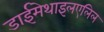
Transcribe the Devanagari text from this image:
डाईमेथाइलएलिल